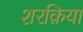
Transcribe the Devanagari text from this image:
शरक़िया